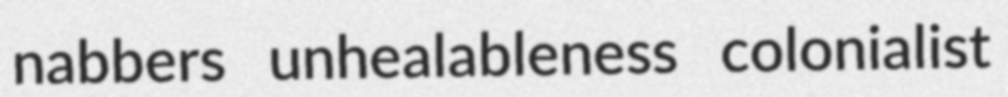
nabbers unhealableness colonialist